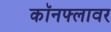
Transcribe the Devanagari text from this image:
कॉनफ्लावर